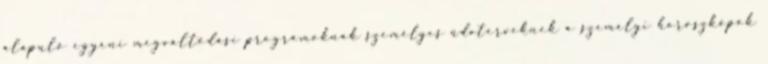
alapuló egyéni megváltódási programoknak személyes üdvterveknek a személyi horoszkópok